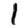
Digit: 1